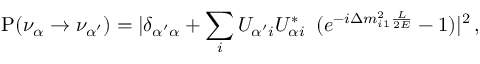
{ \mathrm P } ( \nu _ { \alpha } \to \nu _ { \alpha ^ { \prime } } ) = | \delta _ { { \alpha ^ { \prime } } \alpha } + \sum _ { i } U _ { \alpha ^ { \prime } i } U _ { \alpha i } ^ { * } \, ~ ( e ^ { - i \Delta m _ { i 1 } ^ { 2 } \frac { L } { 2 E } } - 1 ) | ^ { 2 } \, ,